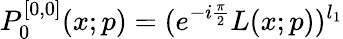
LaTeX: P_{0}^{[0,0]}(x;p)=(e^{-i\frac{\pi}{2}}L(x;p))^{l_{1}}